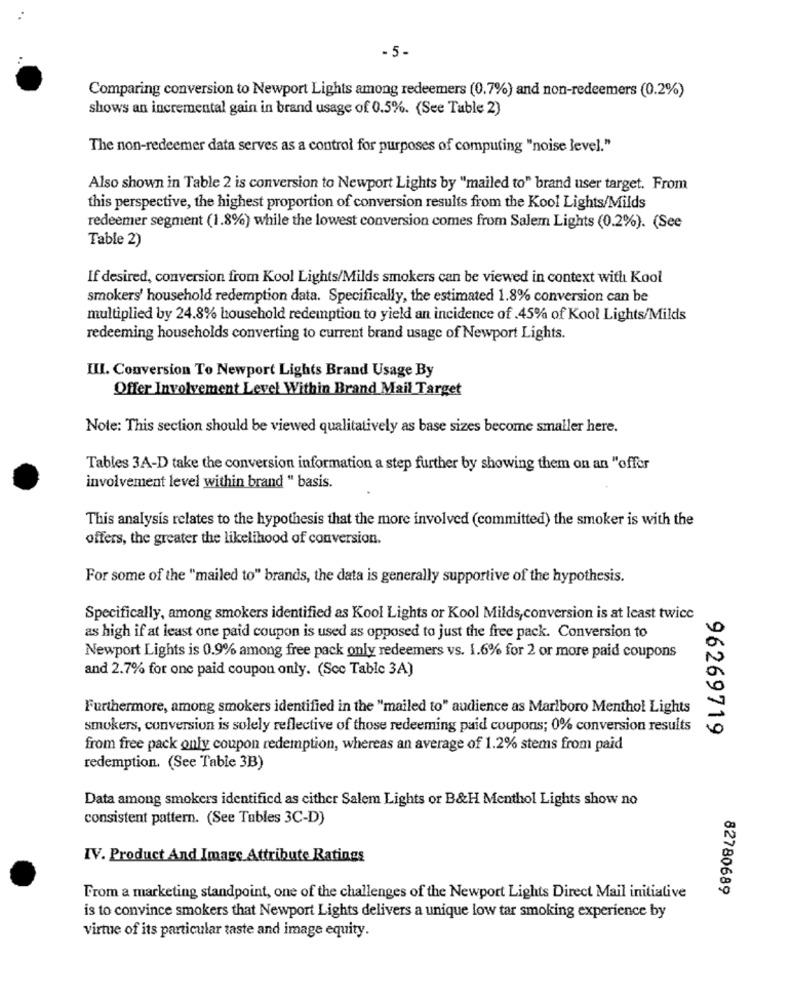
-5-
Comparing conversion to Newport Lights among redeemers (0.7%) and non-redeemers (0.2%)
shows an incremental gain in brand usage of 0.5%. (See Table 2)
The non-redeemer data serves as a control for purposes of computing "noise level."
Also shown in Table 2 is conversion to Newport Lights by "mailed to" brand user target. From
this perspective, the highest proportion of conversion results from the Kool Lights/Milds
redeemer segment (1.8%) while the lowest conversion comes from Salem Lights (0.2%). (See
Table 2)
If desired, conversion from Kool Lights/Milds smokers can be viewed in context with Kool
smokers' household redemption data. Specifically, the estimated 1.8% conversion can be
multiplied by 24.8% household redemption to yield an incidence of .45% of Kool Lights/Milds
redeeming households converting to current brand usage of Newport Lights.
III. Conversion To Newport Lights Brand Usage By
Offer Involvement Level Within Brand Mail Target
Note: This section should be viewed qualitatively as base sizes become smaller here.
Tables 3A-D take the conversion information a step further by showing them on an "offer
involvement level within brand " basis.
This analysis relates to the hypothesis that the more involved (committed) the smoker is with the
offers, the greater the likelihood of conversion.
For some of the "mailed to" brands, the data is generally supportive of the hypothesis.
Specifically, among smokers identified as Kool Lights or Kool Milds, conversion is at least twice
as high if at least one paid coupon is used as opposed to just the free pack. Conversion to
Newport Lights is 0.9% among free pack only redeemers vs. 1.6% for 2 or more paid coupons
and 2.7% for one paid coupon only. (Scc Table 3A)
Furthermore, among smokers identified in the "mailed to" audience as Marlboro Menthol Lights
smokers, conversion is solely reflective of those redeeming paid coupons; 0% conversion results
96269719
from free pack only coupon redemption, whereas an average of 1.2% stems from paid
redemption. (See Table 3B)
Data among smokers identified as cither Salem Lights or B&H Menthol Lights show no
consistent pattern. (See Tubles 3C-D)
IV. Product And Image Attribute Ratings
82780689
From a marketing standpoint, one of the challenges of the Newport Lights Direct Mail initiative
is to convince smokers that Newport Lights delivers a unique low tar smoking experience by
virtue of its particular taste and image equity.